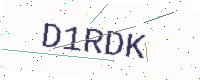
Text: D1RDK